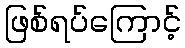
ဖြစ်ရပ်ကြောင့်